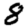
Digit: 8